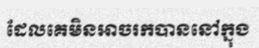
ដែលគេមិនអាចរកបាននៅក្នុង